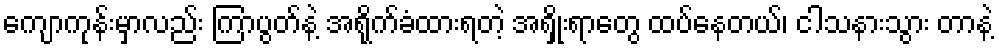
ကျောကုန်းမှာလည်း ကြာပွတ်နဲ့ အရိုက်ခံထားရတဲ့ အရှိုးရာတွေ ထပ်နေတယ်၊ ငါသနားသွား တာနဲ့